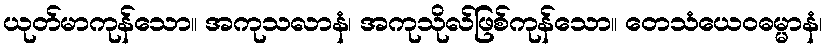
ယုတ်မာကုန်သော။ အကုသလာနံ၊ အကုသိုလ်ဖြစ်ကုန်သော။ တေသံယေဝဓမ္မာနံ၊